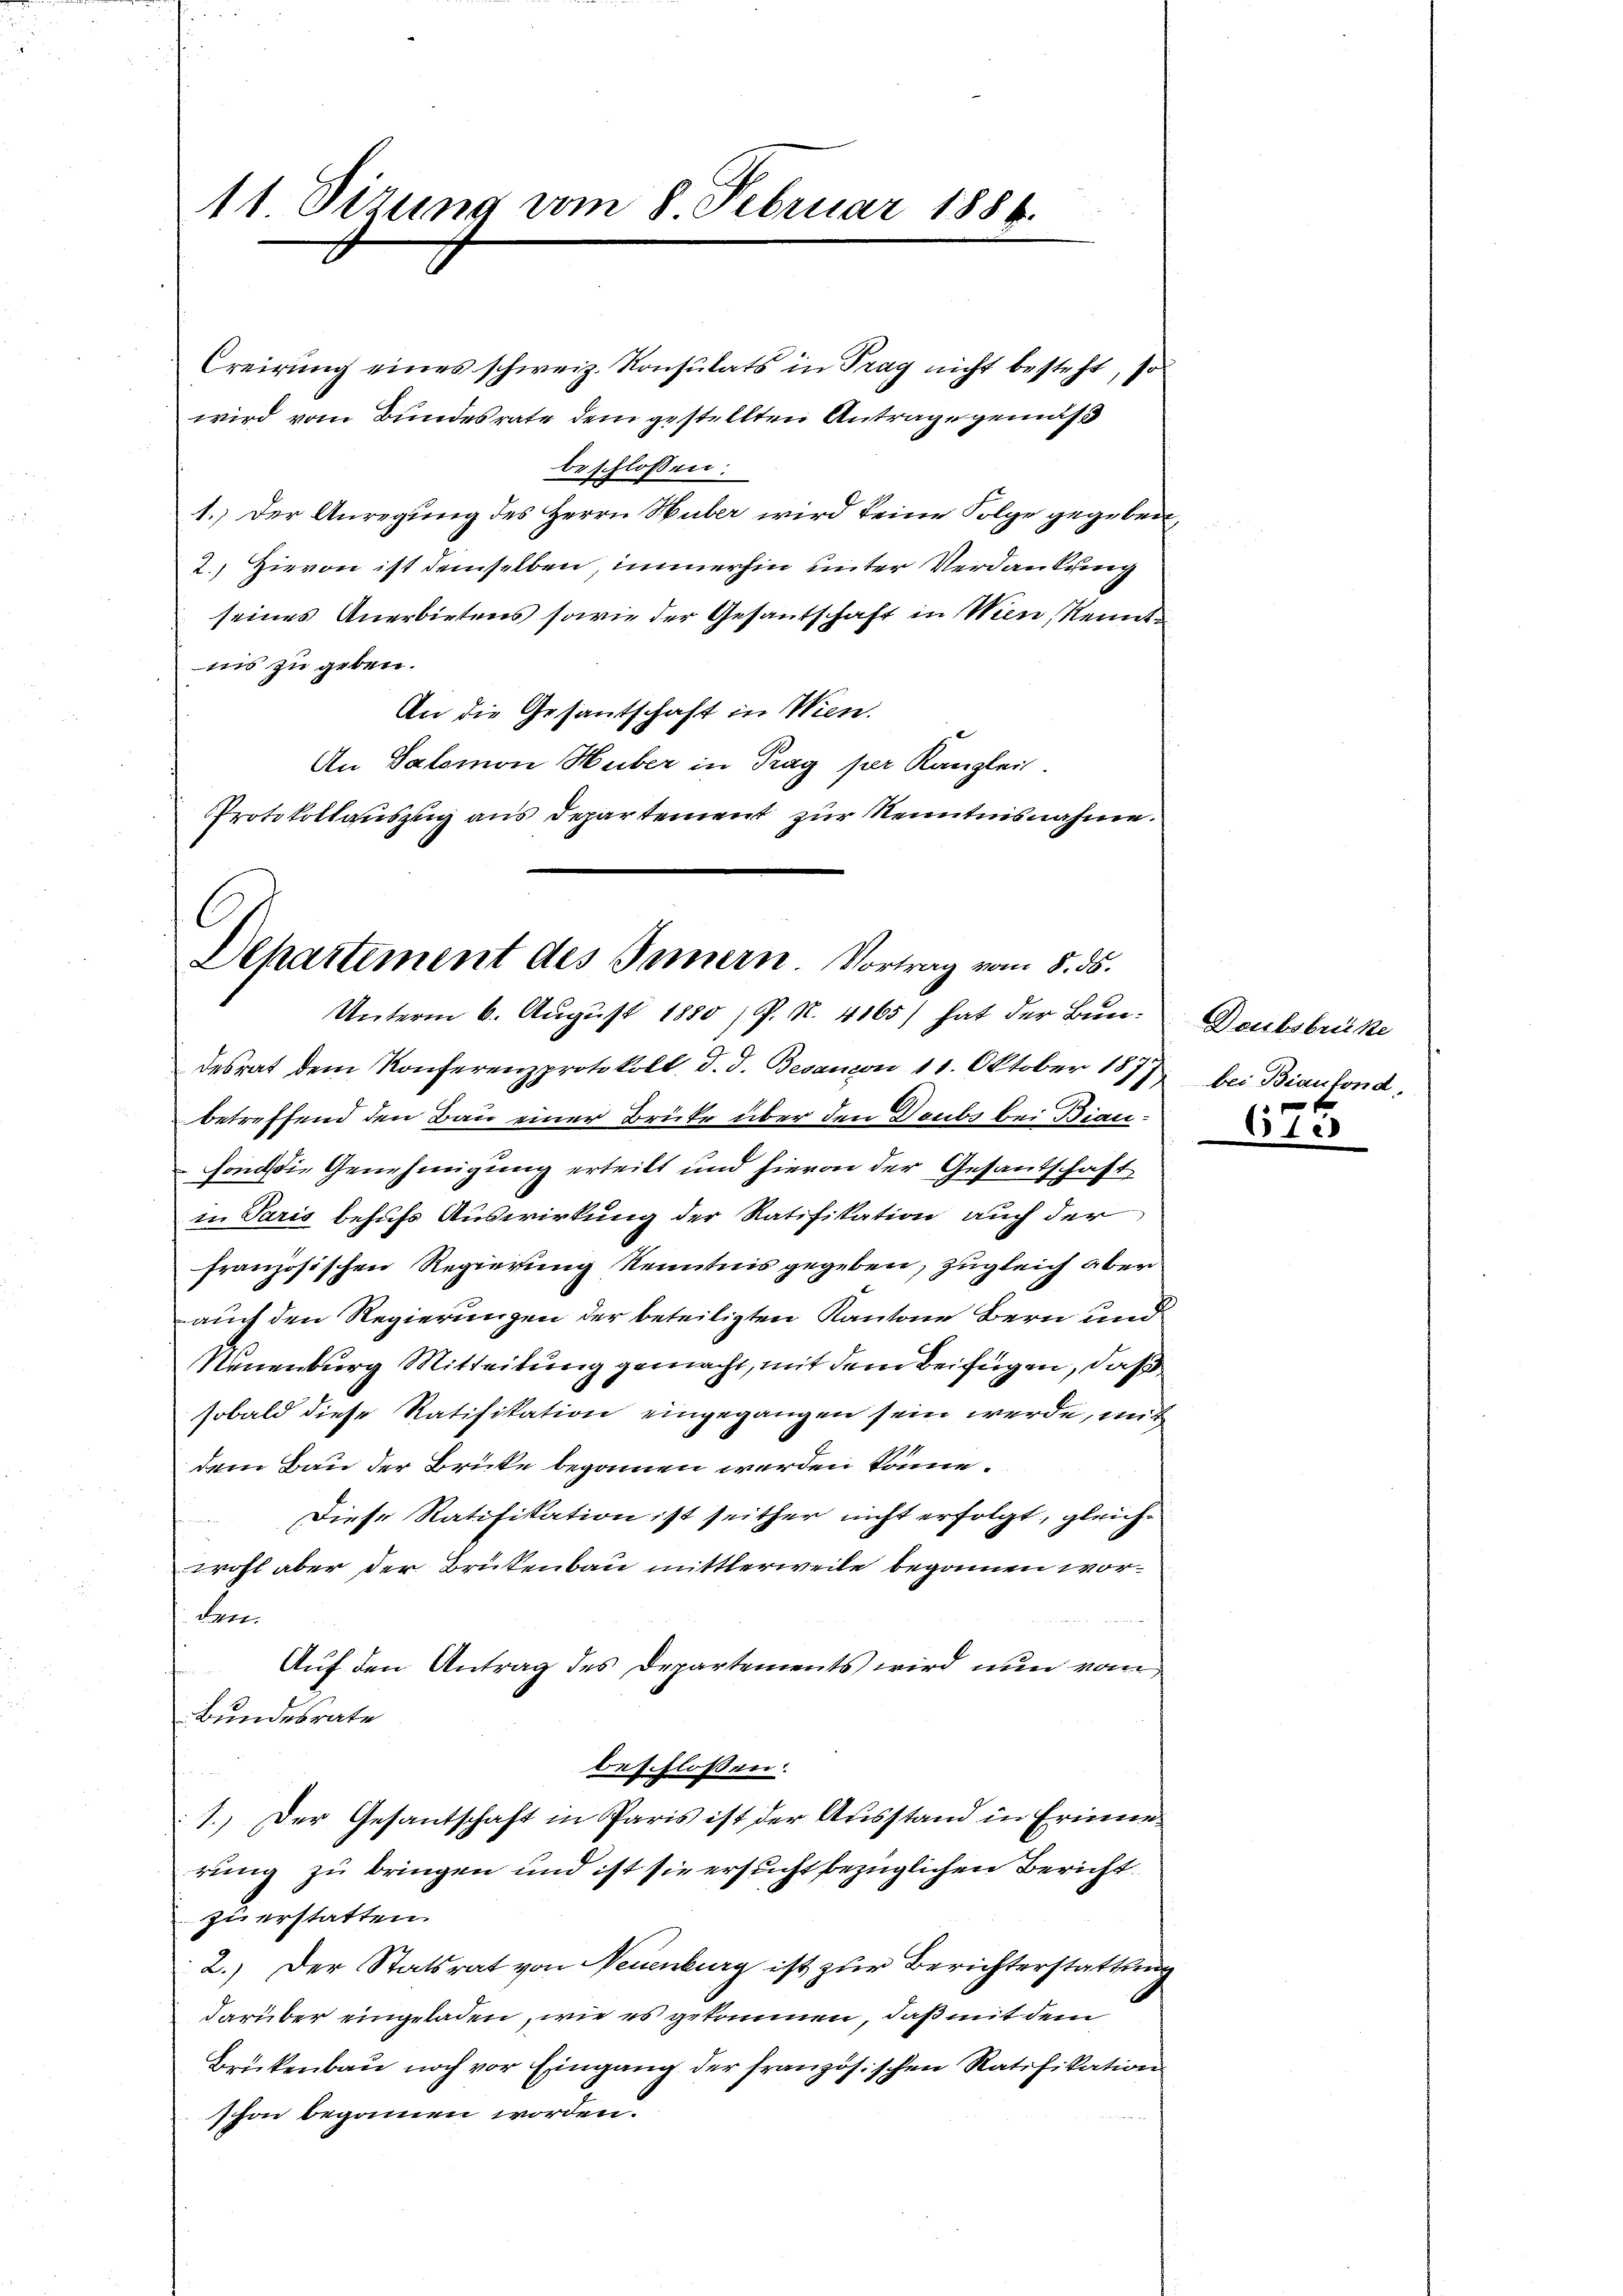
Creirung eines schweiz. Konsulats in Frag nicht besteht, so
wird vom Bundesrate dem gestellten Antrage gemäß
beschlossen:
1.) Der Anregung des Herrn Huber wird keine Folge gegeben,
2.) Hievon ist demselben, immerhin unter Verdankung
seines Anerbietens sowie der Gesantschaft in Wien, Kennt
ins zu geben.
An die Gesantschaft in Wien.
An Salomon Huber in Trag per Kanzlei.
Protokollauszug aus Departement zur Kenntnisnahme.

11 Sitzung vom 8. Februar 1884.

Dehartement des Innern. Vortrag vom 8. ds.
Unterm 6. August 1880 /P. N. 4165) hat der Bun¬

desrat dem Konferenzprotokoll, d. d. Besandon 11. Oktober 1877 bei Bianfond,
betreffend den Bau einer Brüke über den Doubs bei Bianfonddie Genehmigung erteilt und hievon der Gesantschaft
in Paris behufs Auswirkung der Ratifikation auch der
französischen Regierung Kenntnis gegeben, zugleich aber
auch den Regierungen der beteiligten Kantone Bern und
Neuenburg Mitteilung gemacht, mit dem Beifügen, daß
sobald diese Ratifikation eingegangen sein werde, mit
dem Bau der Brücke begonnen werden könne.
Diese Ratifikation ist seither nicht erfolgt, gleichwohl aber der Brükenbau mittlerweile begonnen worden.
Auf den Antrag des Departements wird nun vom
Bundesrate
beschlossen:
1.) Der Gesantschaft in Paris ist der Ausstand in Erinne
rung zu bringen und ist sie ersucht bezüglichen Bericht
zu erstatten.
2.) Der Statsrat von Neuenburg ist zur Berichterstattung
darüber eingeladen, wie es gekommen, daß mit dem
Brükenbau noch vor Eingang der französischen Ratifikation
schon begonnen worden.

Doubsbrike

175.